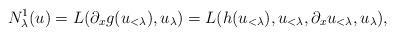
LaTeX: \begin{align*}N^1_\lambda(u) = L( \partial_x g(u_{<\lambda}), u_\lambda) = L(h(u_{<\lambda}), u_{<\lambda}, \partial_x u_{<\lambda}, u_\lambda) ,\end{align*}